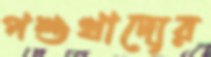
পশুখাদ্যের